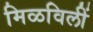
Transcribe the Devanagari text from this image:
मिळविलीं